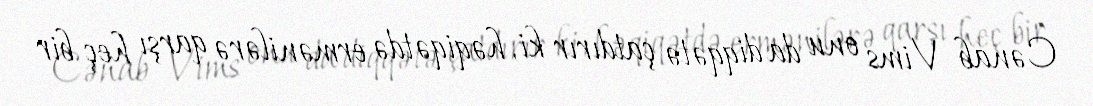
Cənab Vims onu da diqqətə çatdırır ki, həqiqətdə ermənilərə qarşı heç bir